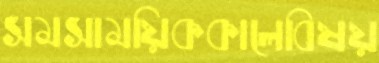
সমসাময়িককালেবিষয়